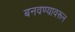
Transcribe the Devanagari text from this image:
बनवण्यावरून